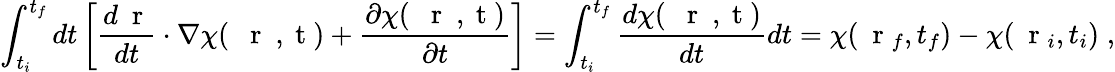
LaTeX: \int_{t_{i}}^{t_{f}}dt\left[\frac{d\mathrm{~\mathbf~r~}}{dt}\cdot\nabla\chi(\mathrm{~{~\mathbf~r~}~,~t~})+\frac{\partial\chi(\mathrm{~{~\mathbf~r~}~,~t~})}{\partial t}\right]=\int_{t_{i}}^{t_{f}}\frac{d\chi(\mathrm{~{~\mathbf~r~}~,~t~})}{dt}dt=\chi(\mathrm{~\mathbf~r~}_{f},t_{f})-\chi(\mathrm{~\mathbf~r~}_{i},t_{i})\; ,